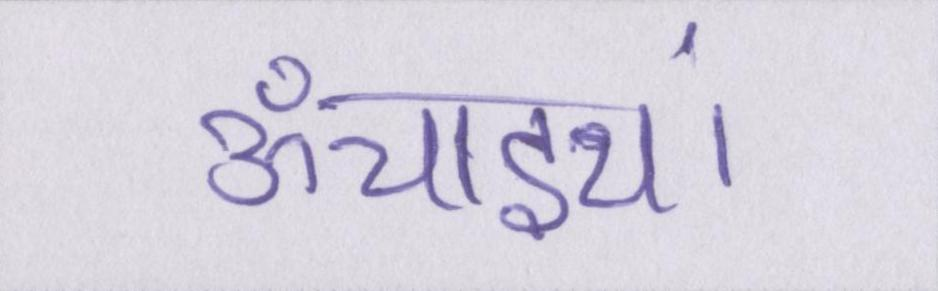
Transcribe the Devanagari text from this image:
ऊँचाइयां